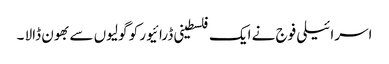
اسرائیلی فوج نے ایک فلسطینی ڈرائیور کو گولیوں سے بھون ڈالا ۔